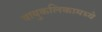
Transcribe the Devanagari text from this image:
वायुकलिकामध्ये